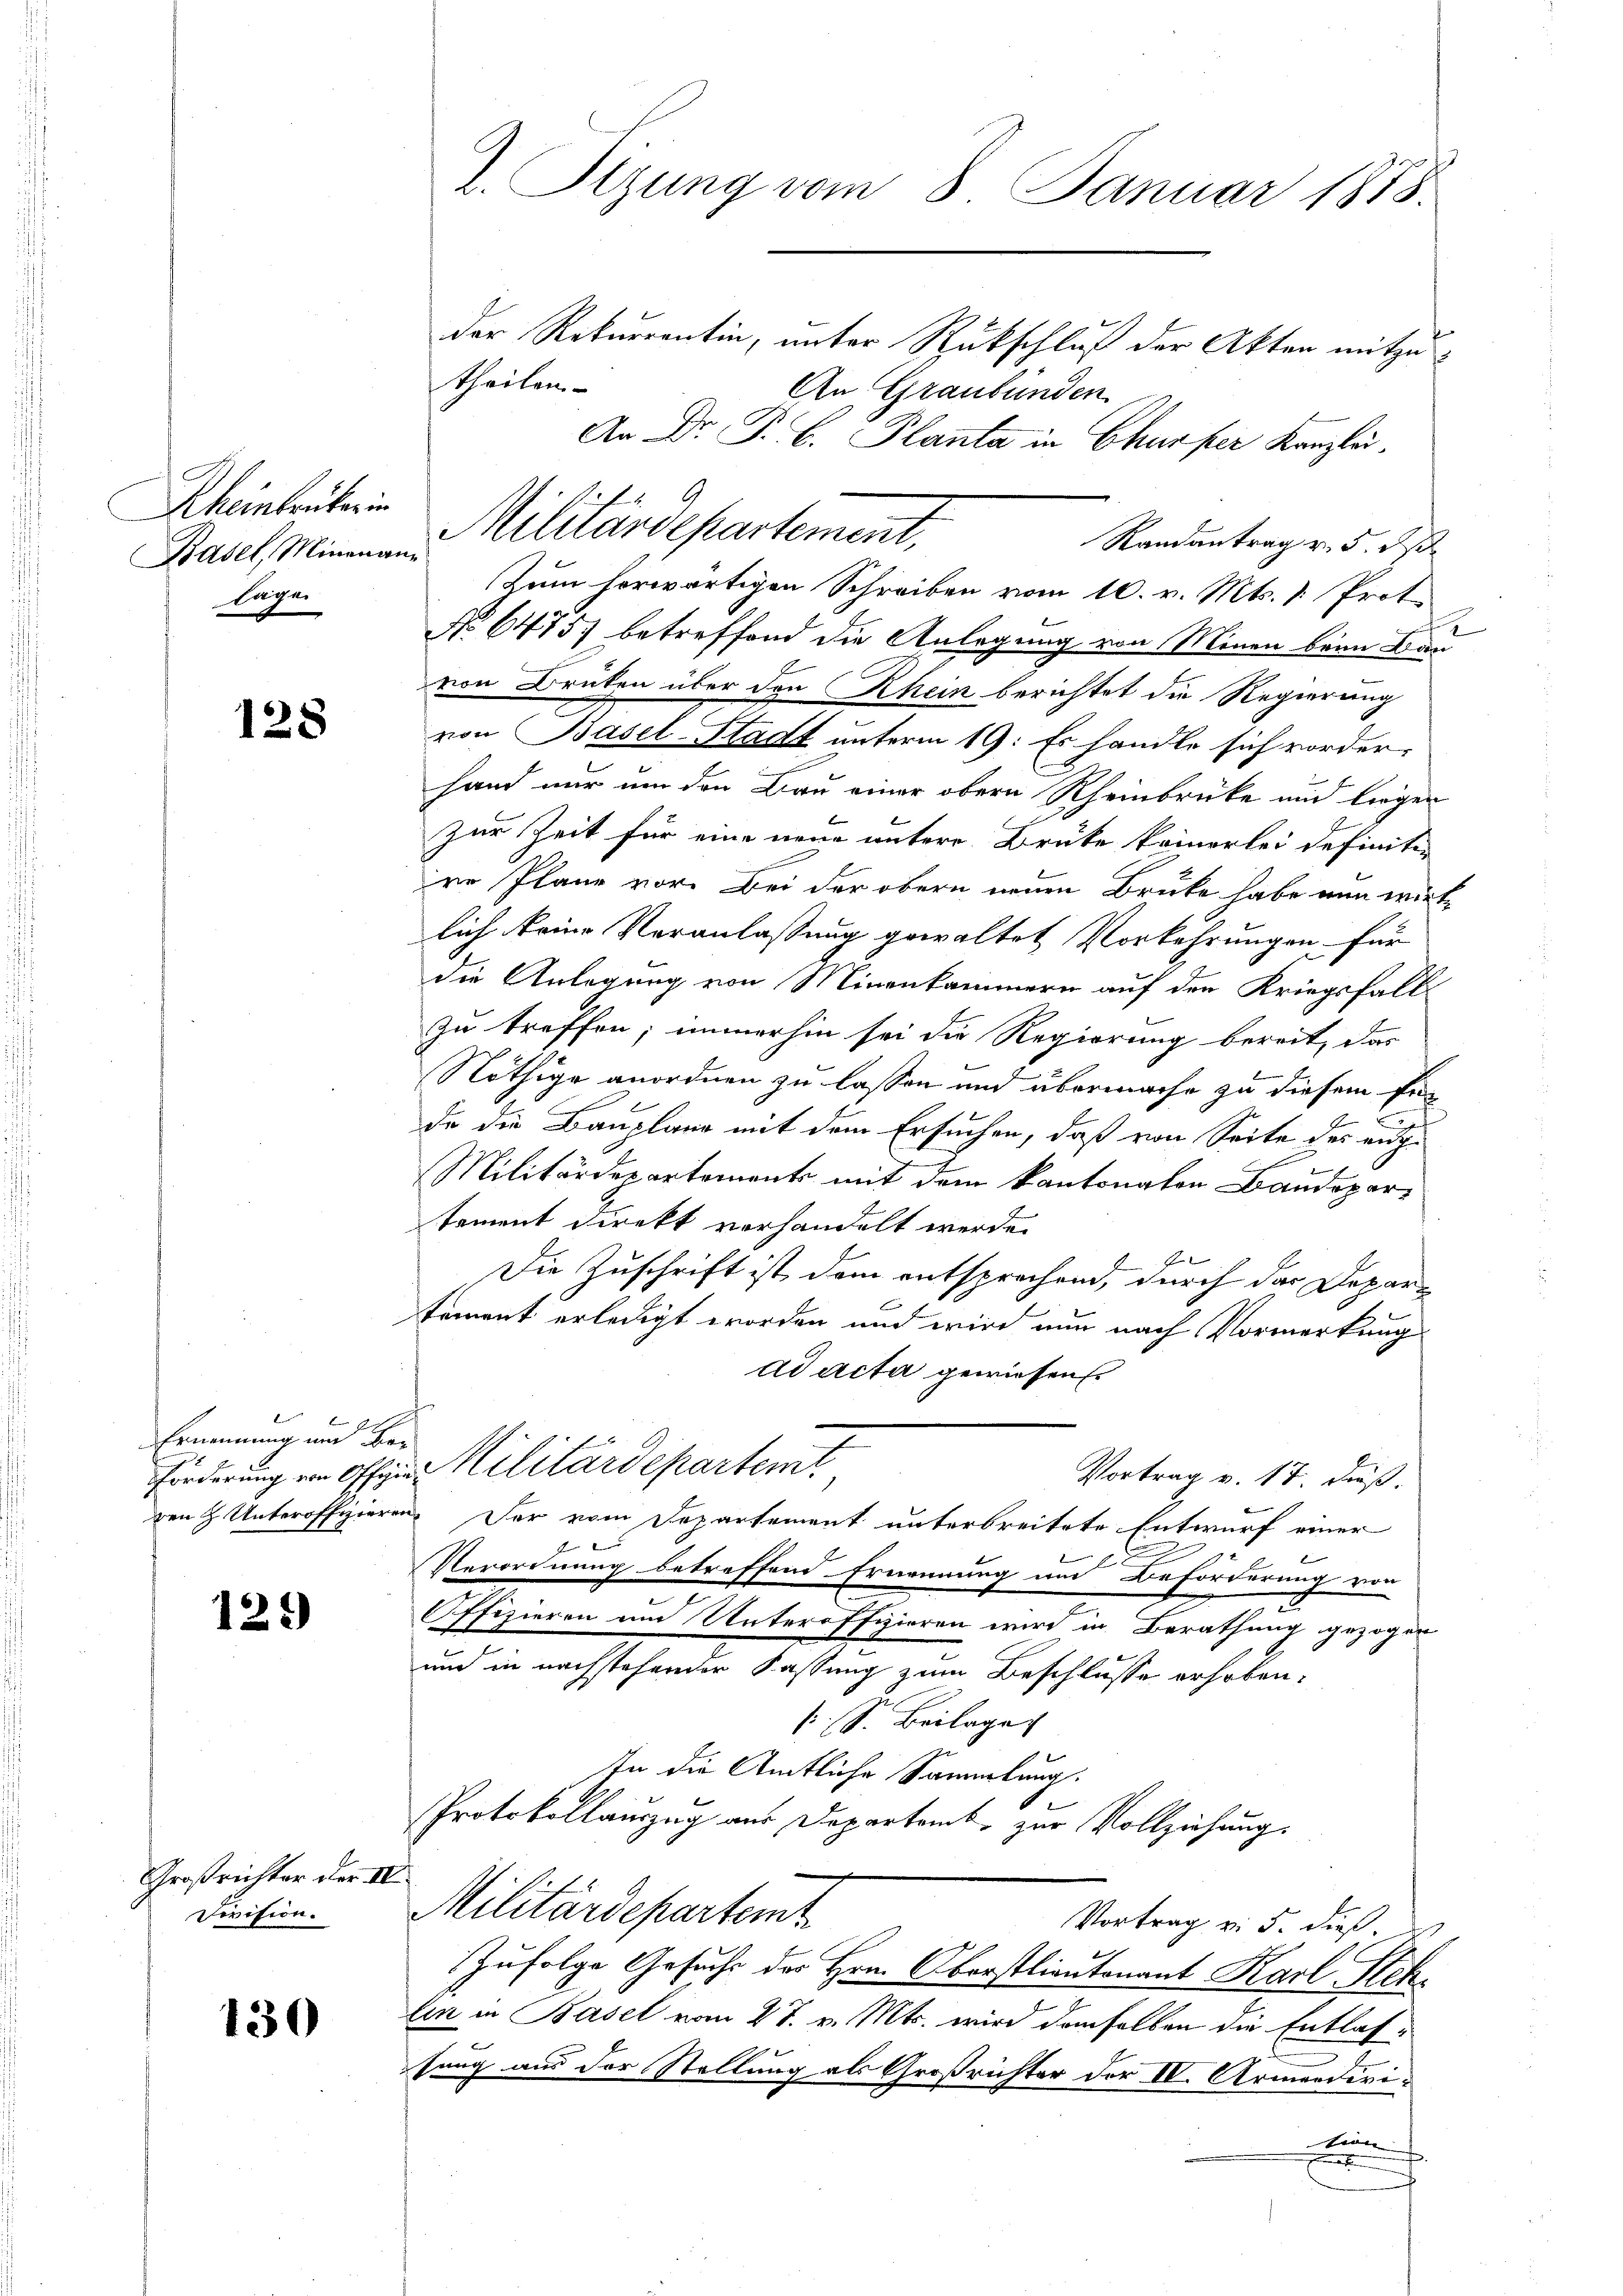
Rheintrüber in
Basel, Minenann
Eugen

128

Ernennung und Be¬

121)

Großrichter der IV
Devision.

130

2. Sizung vom 8. Januar 1878.
der Rekurrentin, unter Rückschluß der Akten mitzu¬

theilen.
An Graubünden
Randantrag v. 5. ds.
Zum herwärtigen Schreiben vom 10. v. Mts. v. Proto-
No 64757 betreffend die Anlegung von Minen beim Bau
von Druken über den Rhein berichtet die Regierung
von Basel-Stadt unterm 19. Es handle sich vorder¬
Hand nur um den Bau einer obern Rheinbrücke und liegen
zur Zeit für eine neue untere Brüke kommerlei definiti-
re Pläne vor. Bei der obern neuen Brüke habe nun wirklich keine Veranlassung gewaltet Vorkehrungen für
die Anlegung von Minenkammern auf den Kriegsfall
zu treffen; immerhin sei die Regierung bereit, das
Nöthige anordnen zu lassen und übermache zu diesem Pea
de die Bauplano mit dem Ersuchen, daß von Seite des authe
Militärdepartements mit dem kantonalen Baudepartement direkt vorhandelt werde.
Die Zuschrift ist dem entsprechend, durch das Departement erledigt worden und wird nun nach Vormerkung
ad acta gewiesen.
förderung von Offern Militärdepartemt
Vortrag v. 17. dieß.
den & Unteroffizieren. Der vom Departement unterbreitete Entwurf einer
.
Verordnung betreffend Ernennung und Beförderung von
Offizieren und Unteroffieren wird in Berathung gezogen
und in nachstehender Fassung zum Beschlusse erhoben.
S. Beilage
In die Amtliche Sammlung.
Protokollauszug aus Departamt, zur Vollziehung.
Militärdepartemt
Vortrag v. 5. dieß
Zufolge Gesuchs des Hrn. Oberstlieutenant Karl Stehlin in Basel vom 27. v. Mts. wird demselben die Entlassung aus der Stellung als Großrichter der IV. Armendivision

Militärdepartement,

An Dr. P. C. Planta in Churper Kanzle